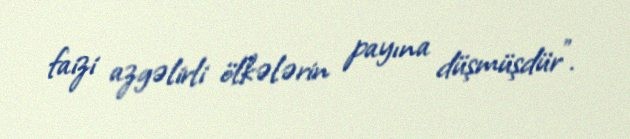
faizi azgəlirli ölkələrin payına düşmüşdür”.